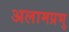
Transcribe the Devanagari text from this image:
अलामप्रभु